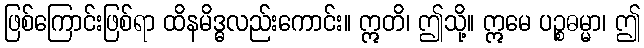
ဖြစ်ကြောင်းဖြစ်ရာ ထိနမိဒ္ဓလည်းကောင်း။ ဣတိ၊ ဤသို့။ ဣမေ ပဉ္စဓမ္မာ၊ ဤ